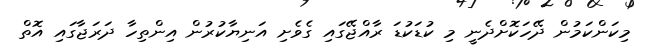
މިކަންކަމުން ދޭހަކޮށްދެނީ މި ކުޑަކުޑަ ރާއްޖޭގައި ގެވެށި އަނިޔާކުރުން އިންތިހާ ދަރަޖާގައި އޮތް